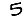
Digit: 5